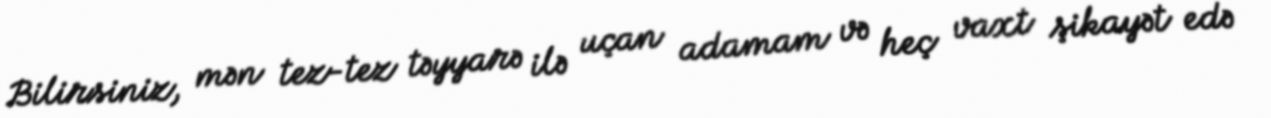
Bilirsiniz, mən tez-tez təyyarə ilə uçan adamam və heç vaxt şikayət edə